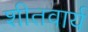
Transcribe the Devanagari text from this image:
शीतवार्य